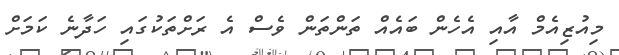
މިއުޒިއެމް އާއި އެހެން ބައެއް ތަންތަން ވެސް އެ ރަށްތަކުގައި ހަދާނެ ކަމަށް